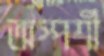
অস্পর্শী